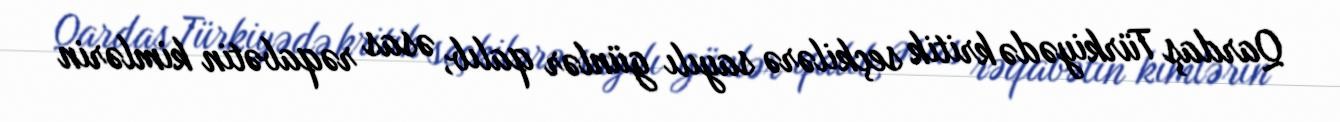
Qardaş Türkiyədə kritik seçkilərə sayılı günlər qalıb, əsas rəqabətin kimlərin